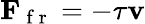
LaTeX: \mathbf{F}_{\mathrm{~f~r~}}=-\tau\mathbf{v}